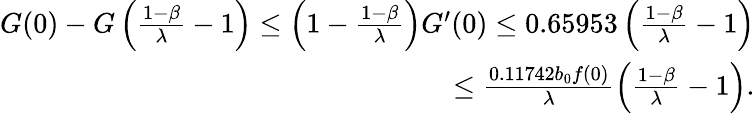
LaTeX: \begin{array}{r}{G(0)-G\left(\frac{1-\beta}{\lambda}-1\right)\le\left(1-\frac{1-\beta}{\lambda}\right)G^{\prime}(0)\le 0.65953\left(\frac{1-\beta}{\lambda}-1\right)}\\ {\le\frac{0.11742b_{0}f(0)}{\lambda}\left(\frac{1-\beta}{\lambda}-1\right).}\end{array}